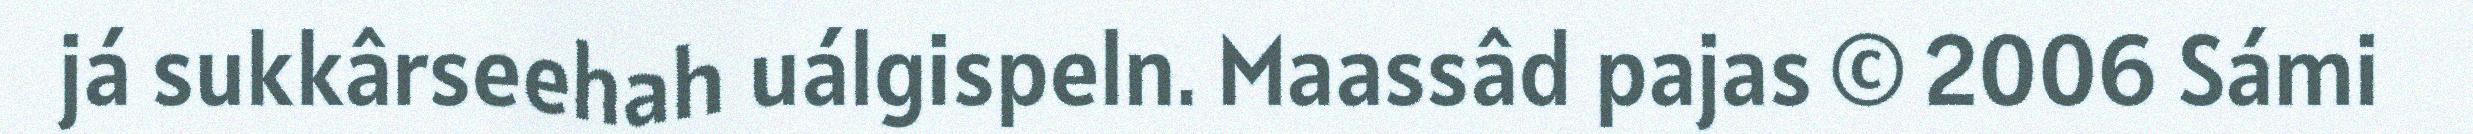
já sukkârseehah uálgispeln. Maassâd pajas © 2006 Sámi